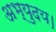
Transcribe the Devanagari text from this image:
अभ्युदय।